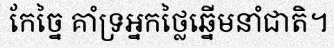
កែច្នៃ គាំទ្រអ្នកថ្លៃឆ្នើមនាំជាតិ។